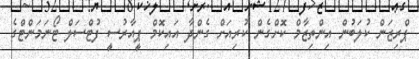
ޕްރިޒަން ކުލަބުން އިންތިޒާމް ކޮށްގެން ކުރިއަށް ގެންދާ އައިކޮމް ޕީއާރުސީ ފުޓްސަލް ޓޯނަމަންޓްގެ